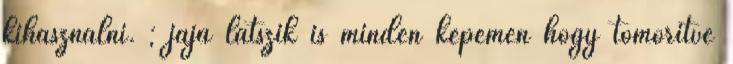
kihasználni. ; jaja látszik is minden képemen hogy tömörítve